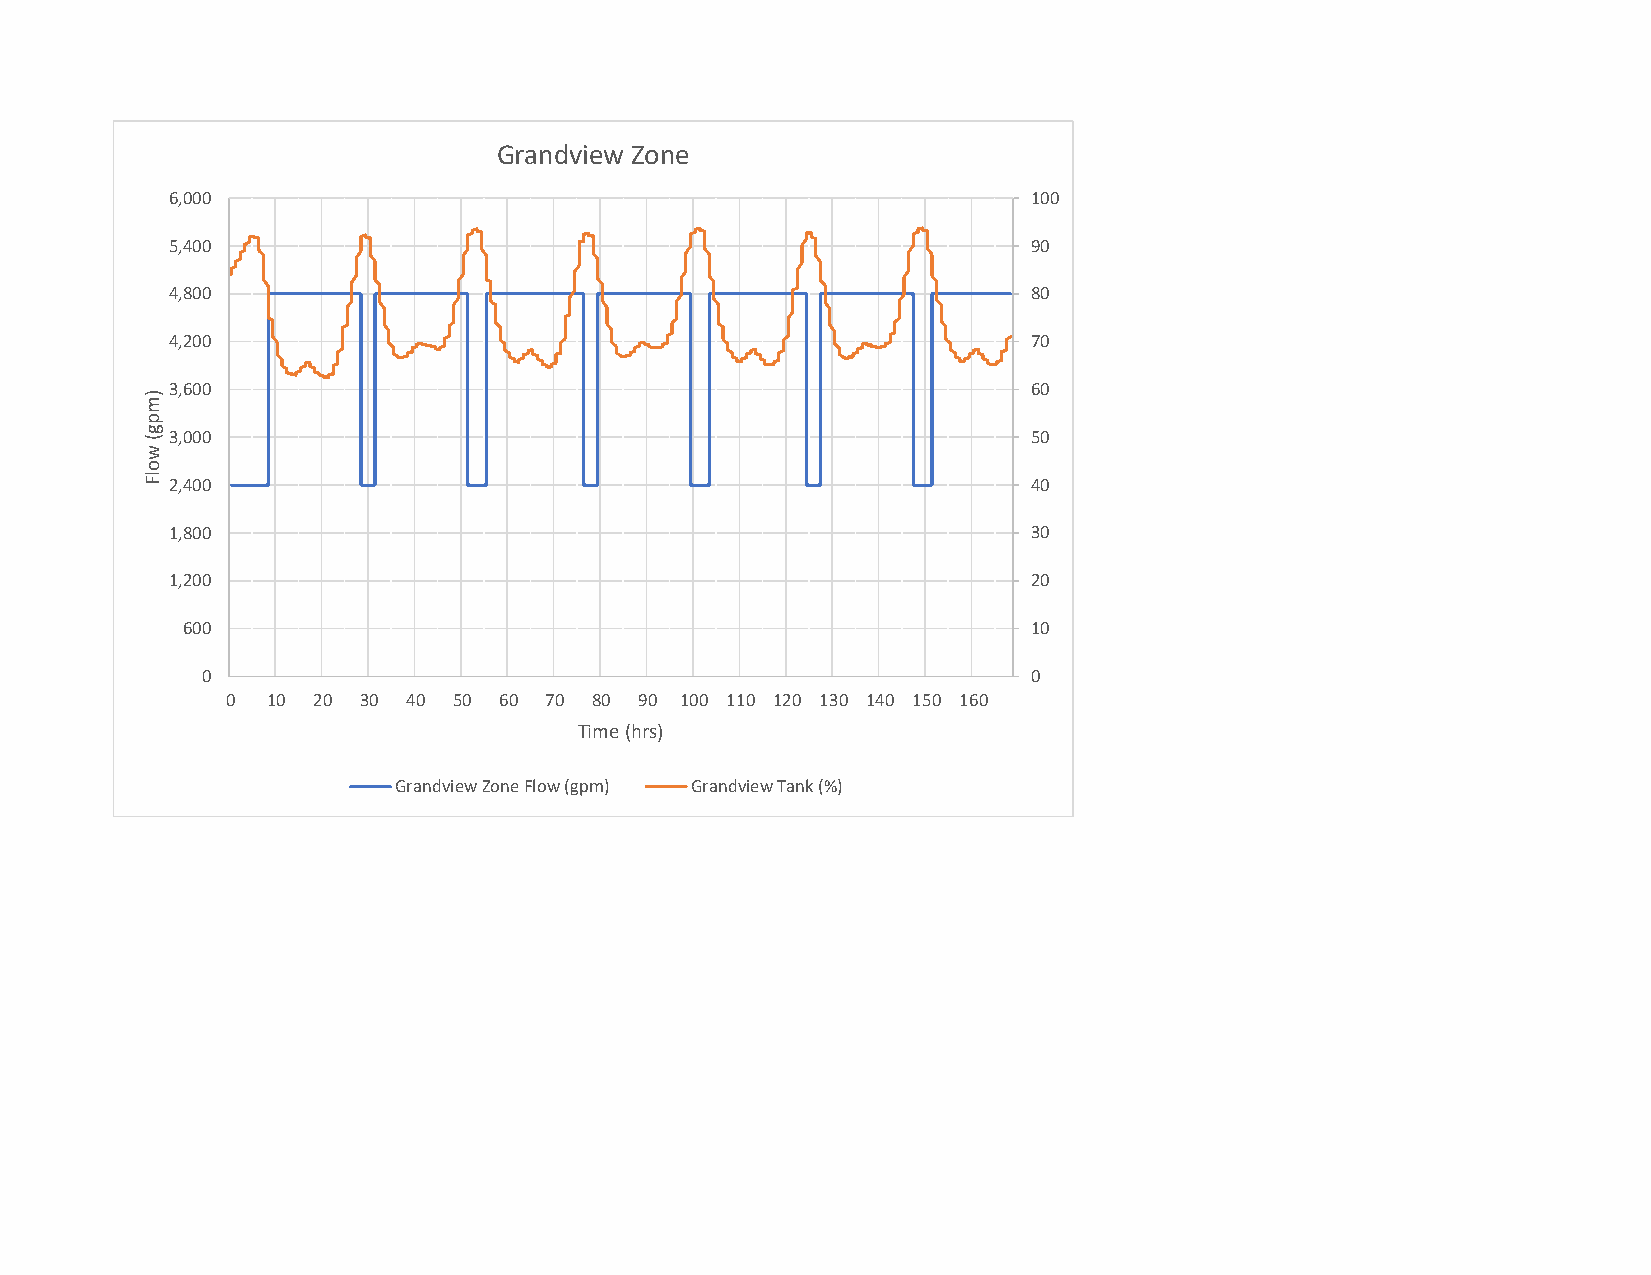
Grandview Zone
 6,000                                                    100
 5,400                                                    90
 4,800                                                    80
 4,200                                                    70
 3,600                                                    60
 3,000                                                    50
 2,400                                                    40
 1,800                                                    30
 1,200                                                    20
 600                                                     10
 0                                                      0
 0  10 20 30 40 50 60 70 80 90 100 110 120 130 140 150 160
 Time (hrs)
 Grandview Zone Flow (gpm) Grandview Tank (%)
 )mpg(
 wolF